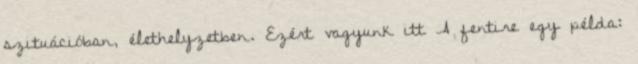
szituációban, élethelyzetben. Ezért vagyunk itt A fentire egy példa: